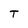
Character: T